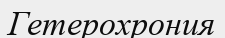
Гетерохрония